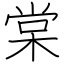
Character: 棠